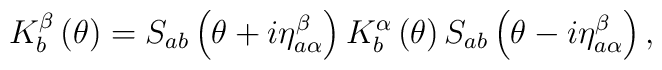
K_{b}^{\beta}\left(\theta\right)=S_{ab}\left(\theta+i\eta_{a\alpha}^{\beta}\right)K_{b}^{\alpha}\left(\theta\right)S_{ab}\left(\theta-i\eta_{a\alpha}^{\beta}\right),